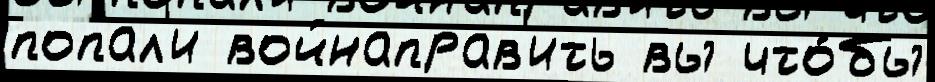
попал'и войнаправ'ить вы что́бы